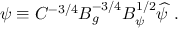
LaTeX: \psi \equiv C ^ { - 3 / 4 } B _ { g } ^ { - 3 / 4 } B _ { \psi } ^ { 1 / 2 } \widehat \psi \ .